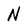
Character: N